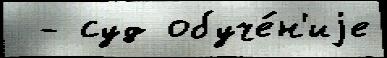
 - суд обуче́н'иjе